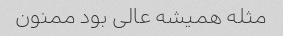
مثله همیشه عالی بود ممنون